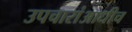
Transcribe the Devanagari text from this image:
उपचारांआधीच